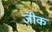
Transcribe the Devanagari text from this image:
जीक